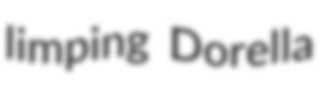
limping Dorella